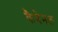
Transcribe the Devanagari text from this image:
कैबेनल